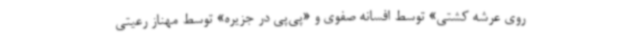
روی عرشه کشتی» توسط افسانه صفوی و «پی‌پی در جزیره» توسط مهناز رعیتی